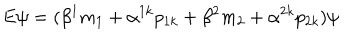
E \psi = ( \beta ^ { 1 } m _ { 1 } + \alpha ^ { 1 k } p _ { 1 k } + \beta ^ { 2 } m _ { 2 } + \alpha ^ { 2 k } p _ { 2 k } ) \psi